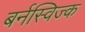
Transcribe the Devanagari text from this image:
बर्नस्विज्क